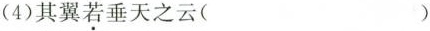
(4)其翼若垂天之云()